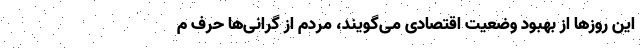
این روزها از بهبود وضعیت اقتصادی می‌گویند، مردم از گرانی‌ها حرف م